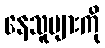
နေသူများကို